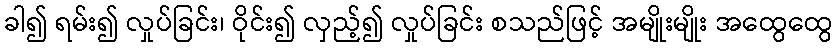
ခါ၍ ရမ်း၍ လှုပ်ခြင်း၊ ဝိုင်း၍ လှည့်၍ လှုပ်ခြင်း စသည်ဖြင့် အမျိုးမျိုး အထွေထွေ